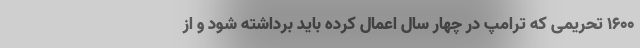
۱۶۰۰ تحریمی که ترامپ در چهار سال اعمال کرده باید برداشته شود و از